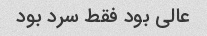
عالی بود فقط سرد بود